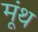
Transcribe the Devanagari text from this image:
मूंथ